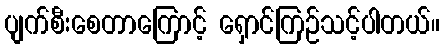
ပျက်စီးစေတာကြောင့် ရှောင်ကြဉ်သင့်ပါတယ်။